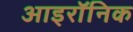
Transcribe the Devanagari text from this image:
आइरॉनिक